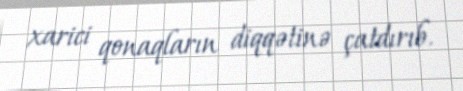
xarici qonaqların diqqətinə çatdırıb.